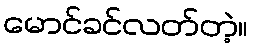
မောင်ခင်လတ်တဲ့။